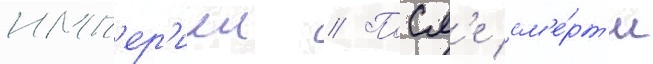
имп'ер'иеи // Посл'е см'е́рт'и